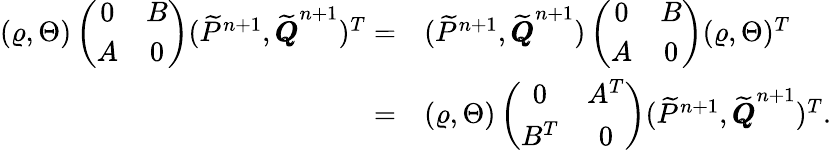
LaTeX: \begin{array}{rl}{(\varrho,\Theta)\left(\begin{array}{cc}{0}&{B}\\ {A}&{0}\end{array}\right)(\widetilde{P}^{n+1},\widetilde{\pmb{Q}}^{n+1})^{T}=}&{(\widetilde{P}^{n+1},\widetilde{\pmb{Q}}^{n+1})\left(\begin{array}{cc}{0}&{B}\\ {A}&{0}\end{array}\right)(\varrho,\Theta)^{T}}\\ {=}&{(\varrho,\Theta)\left(\begin{array}{cc}{0}&{A^{T}}\\ {B^{T}}&{0}\end{array}\right)(\widetilde{P}^{n+1},\widetilde{\pmb{Q}}^{n+1})^{T}.}\end{array}